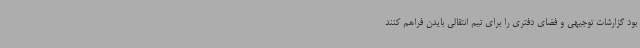
بود گزارشات توجیهی و فضای دفتری را برای تیم انتقالی بایدن فراهم کنند